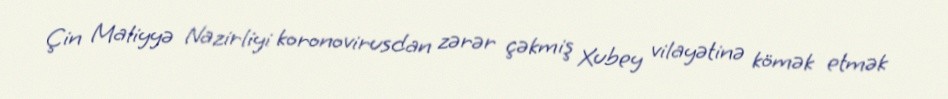
Çin Maliyyə Nazirliyi koronovirusdan zərər çəkmiş Xubey vilayətinə kömək etmək